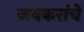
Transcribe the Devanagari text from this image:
जयकरांचे